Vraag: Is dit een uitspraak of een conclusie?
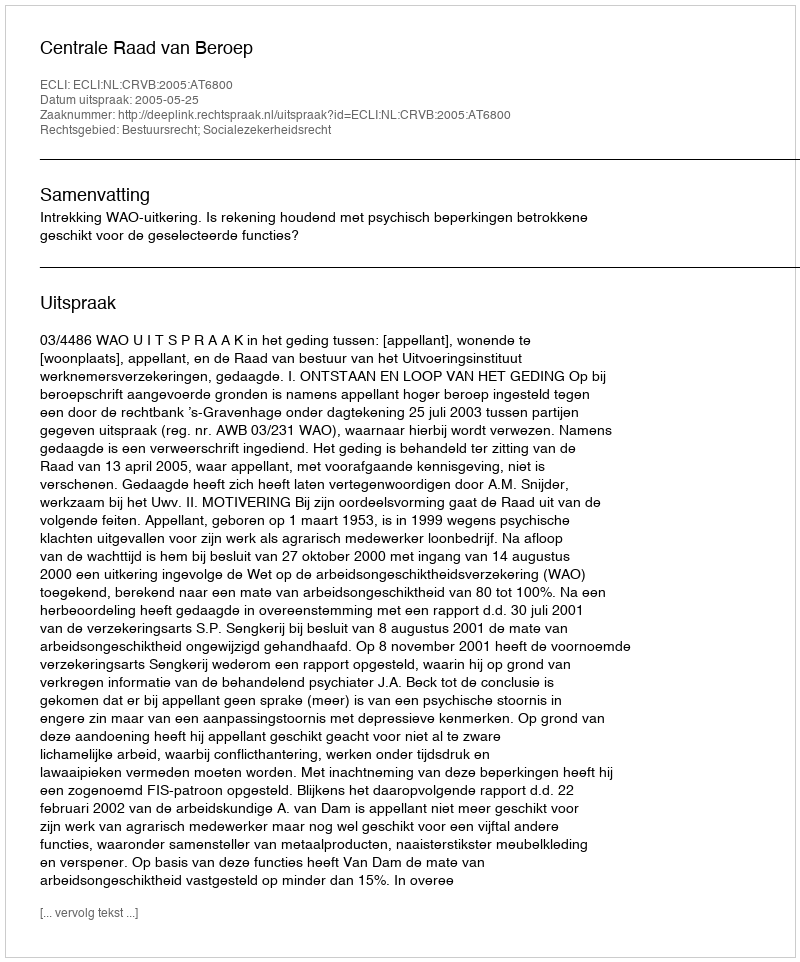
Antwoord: Uitspraak